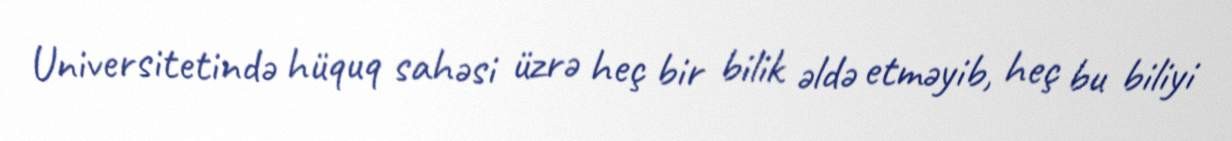
Universitetində hüquq sahəsi üzrə heç bir bilik əldə etməyib, heç bu biliyi